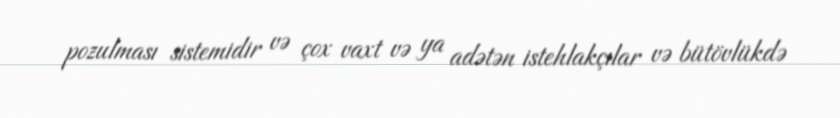
pozulması sistemidir və çox vaxt və ya adətən istehlakçılar və bütövlükdə